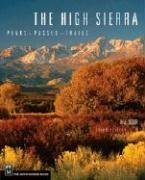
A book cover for The High Sierra: Peaks, Passes, and Trails; R. J. Secor; Sports & Outdoors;